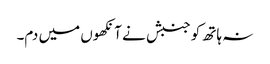
نہ ہاتھ کو جنبش نے آنکھوں میں دم۔